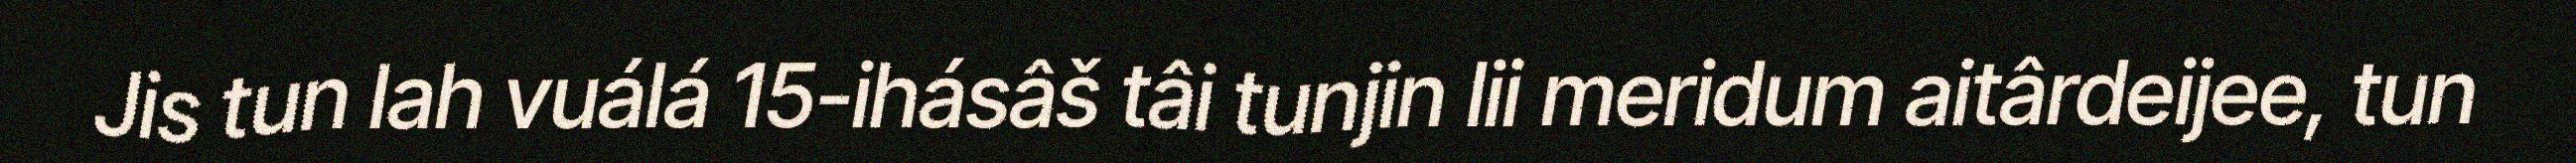
Jis tun lah vuálá 15-ihásâš tâi tunjin lii meridum aitârdeijee, tun